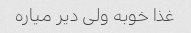
غذا خوبه ولی دیر میاره